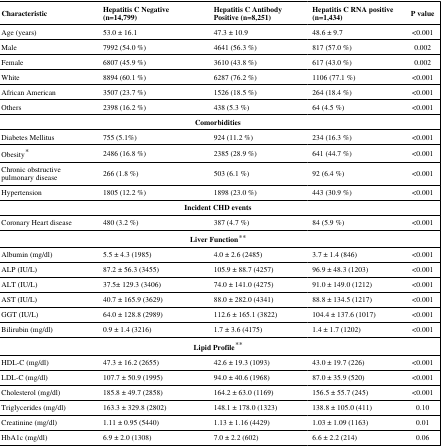
<table><thead><tr><td><b>Characteristic</b></td><td><b>Hepatitis C Negative (n=14,799)</b></td><td><b>Hepatitis C Antibody Positive (n=8,251)</b></td><td><b>Hepatitis C RNA positive (n=1,434)</b></td><td><b>P value</b></td></tr></thead><tbody><tr><td>Age (years)</td><td>53.0 ± 16.1</td><td>47.3 ± 10.9</td><td>48.6 ± 9.7</td><td>&lt;0.001</td></tr><tr><td>Male</td><td>7992 (54.0 %)</td><td>4641 (56.3 %)</td><td>817 (57.0 %)</td><td>0.002</td></tr><tr><td>Female</td><td>6807 (45.9 %)</td><td>3610 (43.8 %)</td><td>617 (43.0 %)</td><td>0.002</td></tr><tr><td>White</td><td>8894 (60.1 %)</td><td>6287 (76.2 %)</td><td>1106 (77.1 %)</td><td>&lt;0.001</td></tr><tr><td>African American</td><td>3507 (23.7 %)</td><td>1526 (18.5 %)</td><td>264 (18.4 %)</td><td>&lt;0.001</td></tr><tr><td>Others</td><td>2398 (16.2 %)</td><td>438 (5.3 %)</td><td>64 (4.5 %)</td><td>&lt;0.001</td></tr><tr><td colspan="5"><b>Comorbidities</b></td></tr><tr><td>Diabetes Mellitus</td><td>755 (5.1%)</td><td>924 (11.2 %)</td><td>234 (16.3 %)</td><td>&lt;0.001</td></tr><tr><td>Obesity*</td><td>2486 (16.8 %)</td><td>2385 (28.9 %)</td><td>641 (44.7 %)</td><td>&lt;0.001</td></tr><tr><td>Chronic obstructive pulmonary disease</td><td>266 (1.8 %)</td><td>503 (6.1 %)</td><td>92 (6.4 %)</td><td>&lt;0.001</td></tr><tr><td>Hypertension</td><td>1805 (12.2 %)</td><td>1898 (23.0 %)</td><td>443 (30.9 %)</td><td>&lt;0.001</td></tr><tr><td colspan="5"><b>Incident CHD events</b></td></tr><tr><td>Coronary Heart disease</td><td>480 (3.2 %)</td><td>387 (4.7 %)</td><td>84 (5.9 %)</td><td>&lt;0.001</td></tr><tr><td colspan="5"><b>Liver Function</b>**</td></tr><tr><td>Albumin (mg/dl)</td><td>5.5 ± 4.3 (1985)</td><td>4.0 ± 2.6 (2485)</td><td>3.7 ± 1.4 (846)</td><td>&lt;0.001</td></tr><tr><td>ALP (IU/L)</td><td>87.2 ± 56.3 (3455)</td><td>105.9 ± 88.7 (4257)</td><td>96.9 ± 48.3 (1203)</td><td>&lt;0.001</td></tr><tr><td>ALT (IU/L)</td><td>37.5± 129.3 (3406)</td><td>74.0 ± 141.0 (4275)</td><td>91.0 ± 149.0 (1212)</td><td>&lt;0.001</td></tr><tr><td>AST (IU/L)</td><td>40.7 ± 165.9 (3629)</td><td>88.0 ± 282.0 (4341)</td><td>88.8 ± 134.5 (1217)</td><td>&lt;0.001</td></tr><tr><td>GGT (IU/L)</td><td>64.0 ± 128.8 (2989)</td><td>112.6 ± 165.1 (3822)</td><td>104.4 ± 137.6 (1017)</td><td>&lt;0.001</td></tr><tr><td>Bilirubin (mg/dl)</td><td>0.9 ± 1.4 (3216)</td><td>1.7 ± 3.6 (4175)</td><td>1.4 ± 1.7 (1202)</td><td>&lt;0.001</td></tr><tr><td colspan="5"><b>Lipid Profile</b>**</td></tr><tr><td>HDL-C (mg/dl)</td><td>47.3 ± 16.2 (2655)</td><td>42.6 ± 19.3 (1093)</td><td>43.0 ± 19.7 (226)</td><td>&lt;0.001</td></tr><tr><td>LDL-C (mg/dl)</td><td>107.7 ± 50.9 (1995)</td><td>94.0 ± 40.6 (1968)</td><td>87.0 ± 35.9 (520)</td><td>&lt;0.001</td></tr><tr><td>Cholesterol (mg/dl)</td><td>185.8 ± 49.7 (2858)</td><td>164.2 ± 63.0 (1169)</td><td>156.5 ± 55.7 (245)</td><td>&lt;0.001</td></tr><tr><td>Triglycerides (mg/dl)</td><td>163.3 ± 329.8 (2802)</td><td>148.1 ± 178.0 (1323)</td><td>138.8 ± 105.0 (411)</td><td>0.10</td></tr><tr><td>Creatinine (mg/dl)</td><td>1.11 ± 0.95 (5440)</td><td>1.13 ± 1.16 (4429)</td><td>1.03 ± 1.09 (1163)</td><td>0.01</td></tr><tr><td>HbA1c (mg/dl)</td><td>6.9 ± 2.0 (1308)</td><td>7.0 ± 2.2 (602)</td><td>6.6 ± 2.2 (214)</td><td>0.06</td></tr></tbody></table>